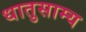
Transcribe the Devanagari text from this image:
धातुसाम्य